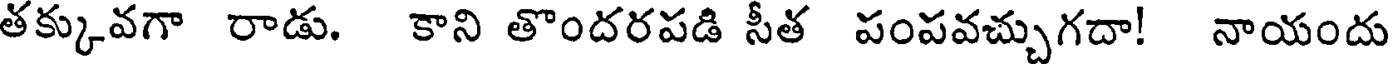
తక్కువగా రాడు. కాని తొందరపడి సీత పంపవచ్చుగదా! నాయందు